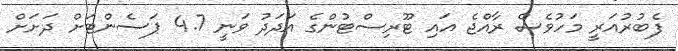
ފެބުރުއަރީ މަހުވެސް ރާއްޖެ އައި ޓޫރިސްޓުންގެ އަދަދު ވަނީ 4.7 ޕަސެންޓަށް ދަށަށް